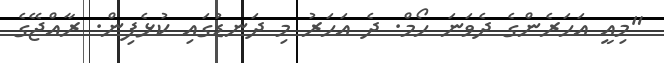
"މިއީ އަހަރެންގެ ދެވަނަ ހޯމް. ދެ އަހަރު މި ދަނޑުގައި ކުޅެފިން. ރާއްޖޭގެ